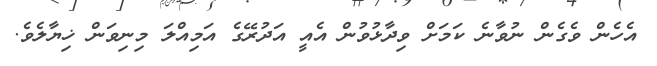
އެހެން ވެގެން ނުވާނެ ކަމަށް ވިދާޅުވުން އެއީ އަދުރޭގެ އަމިއްލަ މިނިވަން ޚިޔާލެވެ.